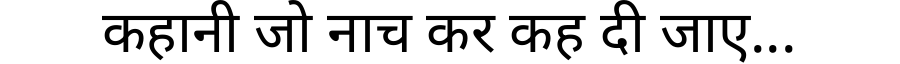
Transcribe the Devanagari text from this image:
कहानी जो नाच कर कह दी जाए...